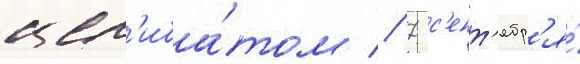
цел'иба́том // 7 с'ент'ябр'я́